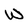
Character: W